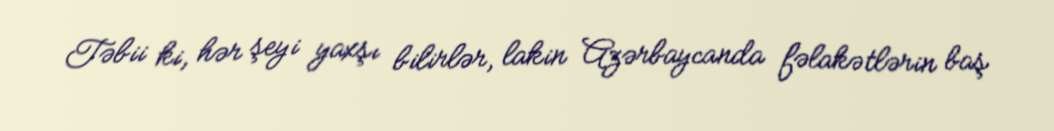
Təbii ki, hər şeyi yaxşı bilirlər, lakin Azərbaycanda fəlakətlərin baş